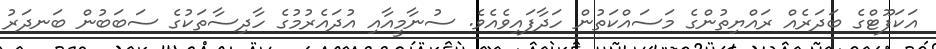
އަކަފޫޓްގެ ބަދަރެއް ރައްޔިތުންގެ މަސައްކަތުން ހަދާފައިވެއެވެ. ސުނާމީއާއި އުދައެރުމުގެ ހާދިސާތަކުގެ ސަބަބުން ބަނދަރު